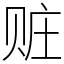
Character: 赃